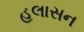
હલાસન